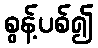
စွန့်ပစ်၍